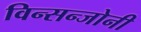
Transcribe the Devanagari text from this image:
विन्सन्जोनी